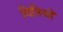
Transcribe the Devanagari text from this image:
मिनिओ